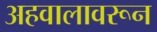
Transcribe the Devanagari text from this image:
अहवालावरून